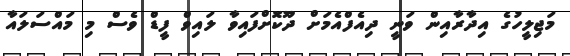
މަޖިލީހުގެ އިދާރާއިން ވަނީ ދިއެފްއެމަށް ދޫކޮށްފައިވާ ލައިވް ފީޑް ވެސް މި މައްސަލައާ